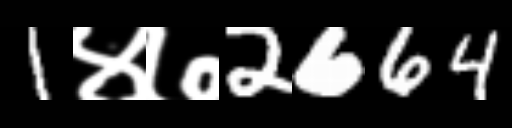
Text: 1४७2664